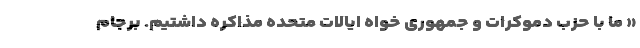
« ما با حزب دموکرات و جمهوری خواه ایالات متحده مذاکره داشتیم. برجام